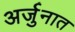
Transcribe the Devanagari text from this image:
अर्जुनात